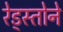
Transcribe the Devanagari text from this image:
रेड्स्तोने